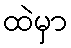
ထဲမှာ